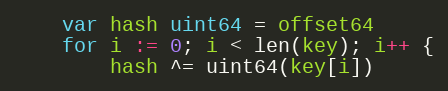
Language: Go
	var hash uint64 = offset64
	for i := 0; i < len(key); i++ {
		hash ^= uint64(key[i])